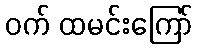
ဝက် ထမင်းကြော်